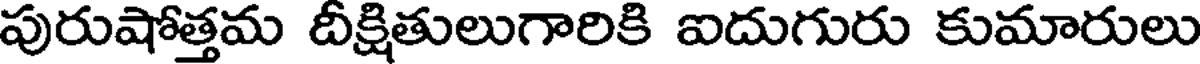
పురుషోత్తమ దీక్షితులుగారికి ఐదుగురు కుమారులు